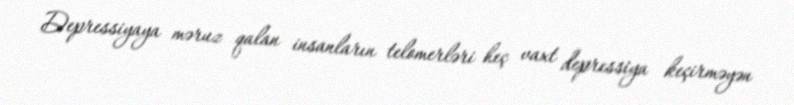
Depressiyaya məruz qalan insanların telomerləri heç vaxt depressiya keçirməyən